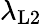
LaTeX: \lambda_{\mathrm{L2}}